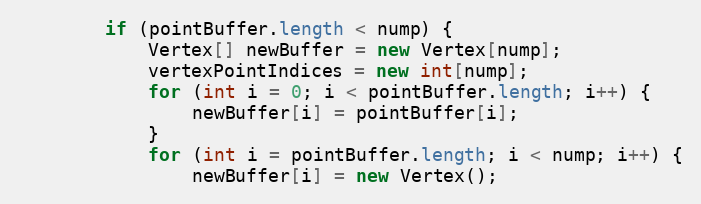
Language: Java
        if (pointBuffer.length < nump) {
            Vertex[] newBuffer = new Vertex[nump];
            vertexPointIndices = new int[nump];
            for (int i = 0; i < pointBuffer.length; i++) {
                newBuffer[i] = pointBuffer[i];
            }
            for (int i = pointBuffer.length; i < nump; i++) {
                newBuffer[i] = new Vertex();